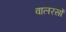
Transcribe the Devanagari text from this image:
वालरसों